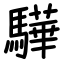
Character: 驊